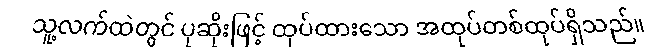
သူ့လက်ထဲတွင် ပုဆိုးဖြင့် ထုပ်ထားသော အထုပ်တစ်ထုပ်ရှိသည်။